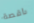
راقصة